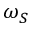
\omega _ { S }